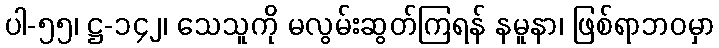
ပါ-၅၅၊ ဋ္ဌ-၁၄၂၊ သေသူကို မလွမ်းဆွတ်ကြရန် နမူနာ၊ ဖြစ်ရာဘဝမှာ